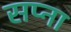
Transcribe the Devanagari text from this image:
सप्ना